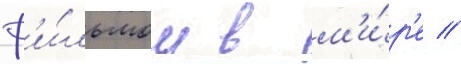
ф'и́льмом в м'и́р'е //